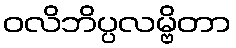
ဝလိဘိပ္ပလမ္ဗိတာ